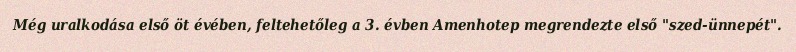
Még uralkodása első öt évében, feltehetőleg a 3. évben Amenhotep megrendezte első "szed-ünnepét".